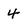
Character: 4